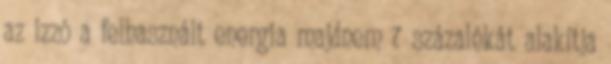
az izzó a felhasznált energia majdnem 7 százalékát alakítja